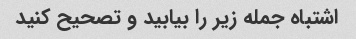
اشتباه جمله زیر را بیابید و تصحیح کنید